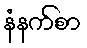
နံနက်စာ